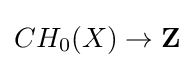
CH_{0}(X)\to \mathbf {Z}